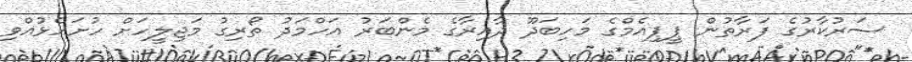
ސަރުކާރުގެ ފަރާތުން ޕީޕިއެމްގެ މަހިބަދޫ ދާއިރާގެ މެންބަރު އަހްމަދު ތޯރިގު މަޖިލީހަށް ހުށަހެޅުއްވި